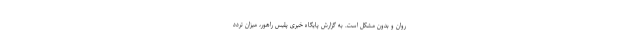
روان و بدون مشکل است. به گزارش پایگاه خبری پلیس راهور، میزان تردد